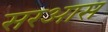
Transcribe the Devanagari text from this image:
सरआस